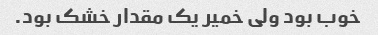
خوب بود ولی خمیر یک مقدار خشک بود.